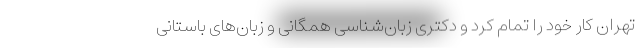
تهران کار خود را تمام کرد و دکتری زبان‌شناسی همگانی و زبان‌های باستانی